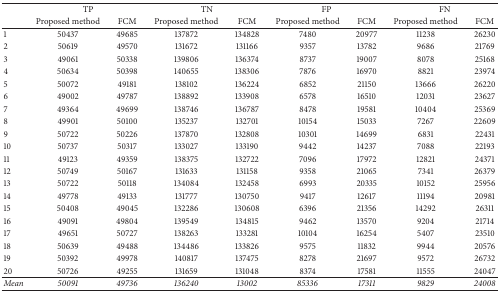
<table><thead><tr><td><b> </b></td><td colspan="2"><b>TP</b></td><td colspan="2"><b>TN</b></td><td colspan="2"><b>FP</b></td><td colspan="2"><b>FN</b></td></tr><tr><td><b> </b></td><td><b>Proposed method</b></td><td><b>FCM</b></td><td><b>Proposed method</b></td><td><b>FCM</b></td><td><b>Proposed method</b></td><td><b>FCM</b></td><td><b>Proposed method</b></td><td><b>FCM</b></td></tr></thead><tbody><tr><td>1</td><td>50437</td><td>49685</td><td>137872</td><td>134828</td><td>7480</td><td>20977</td><td>11238</td><td>26230</td></tr><tr><td>2</td><td>50619</td><td>49570</td><td>131672</td><td>131166</td><td>9357</td><td>13782</td><td>9686</td><td>21769</td></tr><tr><td>3</td><td>49061</td><td>50338</td><td>139806</td><td>136374</td><td>8737</td><td>19007</td><td>8078</td><td>25168</td></tr><tr><td>4</td><td>50634</td><td>50398</td><td>140655</td><td>138306</td><td>7876</td><td>16970</td><td>8821</td><td>23974</td></tr><tr><td>5</td><td>50072</td><td>49181</td><td>138102</td><td>136224</td><td>6852</td><td>21150</td><td>13666</td><td>26220</td></tr><tr><td>6</td><td>49002</td><td>49787</td><td>138892</td><td>133908</td><td>6578</td><td>16510</td><td>12031</td><td>23627</td></tr><tr><td>7</td><td>49364</td><td>49699</td><td>138746</td><td>136787</td><td>8478</td><td>19581</td><td>10404</td><td>25369</td></tr><tr><td>8</td><td>49901</td><td>50100</td><td>135237</td><td>132701</td><td>10154</td><td>15033</td><td>7267</td><td>22609</td></tr><tr><td>9</td><td>50722</td><td>50226</td><td>137870</td><td>132808</td><td>10301</td><td>14699</td><td>6831</td><td>22431</td></tr><tr><td>10</td><td>50737</td><td>50317</td><td>133027</td><td>133190</td><td>9442</td><td>14237</td><td>7088</td><td>22193</td></tr><tr><td>11</td><td>49123</td><td>49359</td><td>138375</td><td>132722</td><td>7096</td><td>17972</td><td>12821</td><td>24371</td></tr><tr><td>12</td><td>50749</td><td>50167</td><td>131633</td><td>131158</td><td>9358</td><td>21065</td><td>7341</td><td>26379</td></tr><tr><td>13</td><td>50722</td><td>50118</td><td>134084</td><td>132458</td><td>6993</td><td>20335</td><td>10152</td><td>25956</td></tr><tr><td>14</td><td>49778</td><td>49133</td><td>131777</td><td>130750</td><td>9417</td><td>12617</td><td>11194</td><td>20981</td></tr><tr><td>15</td><td>50408</td><td>49045</td><td>132286</td><td>130608</td><td>6396</td><td>21356</td><td>14292</td><td>26311</td></tr><tr><td>16</td><td>49091</td><td>49804</td><td>139549</td><td>134815</td><td>9462</td><td>13570</td><td>9204</td><td>21714</td></tr><tr><td>17</td><td>49651</td><td>50727</td><td>138263</td><td>133281</td><td>10104</td><td>16254</td><td>5407</td><td>23510</td></tr><tr><td>18</td><td>50639</td><td>49488</td><td>134486</td><td>133826</td><td>9575</td><td>11832</td><td>9944</td><td>20576</td></tr><tr><td>19</td><td>50392</td><td>49978</td><td>140817</td><td>137475</td><td>8278</td><td>21697</td><td>9572</td><td>26732</td></tr><tr><td>20</td><td>50726</td><td>49255</td><td>131659</td><td>131048</td><td>8374</td><td>17581</td><td>11555</td><td>24047</td></tr><tr><td><i>Mean</i></td><td><i>50091</i></td><td><i>49736</i></td><td><i>136240</i></td><td><i>13002</i></td><td><i>85336</i></td><td><i>17311</i></td><td><i>9829</i></td><td><i>24008</i></td></tr></tbody></table>